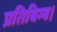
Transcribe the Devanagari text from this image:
प्रतिबिम्ब।